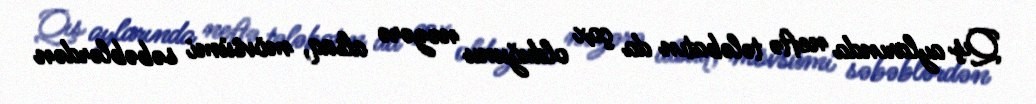
Qış aylarında neftə tələbatın da çox olduğunu nəzərə alsaq, mövsümi səbəblərdən